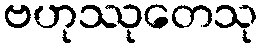
ဗဟုဿုတေသု